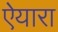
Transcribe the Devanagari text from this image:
ऐयारा